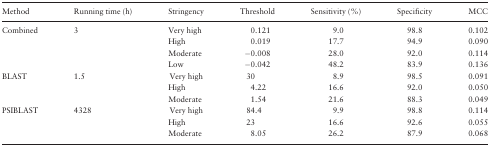
| Method | Running time (h) | Stringency | Threshold | Sensitivity (%) | Specificity | MCC |
 | --- | --- | --- | --- | --- | --- | --- |
 | <ROWSPAN=4> Combined | <ROWSPAN=4> 3 | Very high | 0.121 | 9.0 | 98.8 | 0.102 |
 | High | 0.019 | 17.7 | 94.9 | 0.090 |
 | Moderate | −0.008 | 28.0 | 92.0 | 0.114 |
 | Low | −0.042 | 48.2 | 83.9 | 0.136 |
 | <ROWSPAN=3> BLAST | <ROWSPAN=3> 1.5 | Very high | 30 | 8.9 | 98.5 | 0.091 |
 | High | 4.22 | 16.6 | 92.0 | 0.050 |
 | Moderate | 1.54 | 21.6 | 88.3 | 0.049 |
 | <ROWSPAN=3> PSIBLAST | <ROWSPAN=3> 4328 | Very high | 84.4 | 9.9 | 98.8 | 0.114 |
 | High | 23 | 16.6 | 92.6 | 0.055 |
 | Moderate | 8.05 | 26.2 | 87.9 | 0.068 |